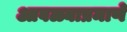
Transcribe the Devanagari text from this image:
आवळ्याप्रमाणे